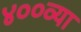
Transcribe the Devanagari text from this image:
४००व्या